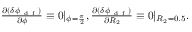
\begin{array} { r } { \frac { \partial ( \delta \phi _ { \mathrm { ~ d ~ f ~ } } ) } { \partial \phi } \equiv 0 | _ { \phi = \frac { \pi } { 2 } } , \frac { \partial ( \delta \phi _ { \mathrm { ~ d ~ f ~ } } ) } { \partial R _ { 2 } } \equiv 0 | _ { R _ { 2 } = 0 . 5 } . } \end{array}